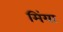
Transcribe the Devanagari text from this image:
मिंया